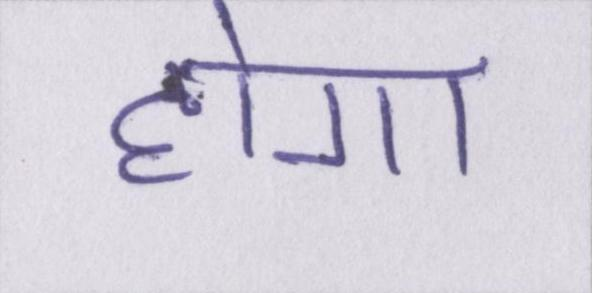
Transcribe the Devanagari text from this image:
होगा